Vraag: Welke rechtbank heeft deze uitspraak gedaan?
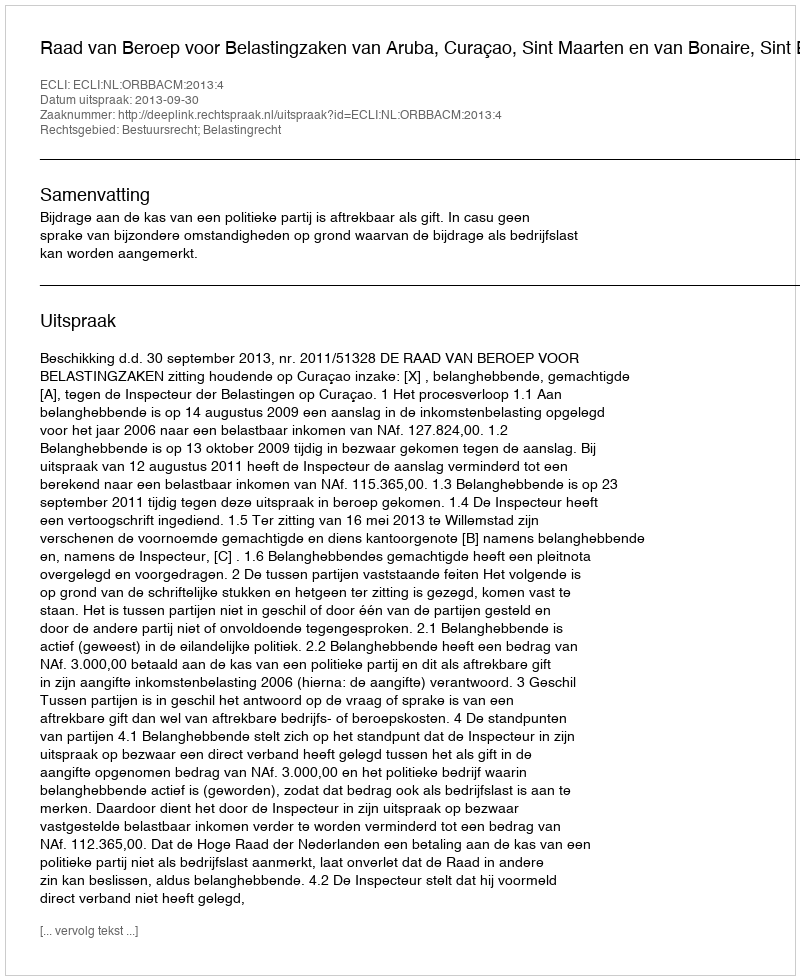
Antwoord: Raad van Beroep voor Belastingzaken van Aruba, Curaçao, Sint Maarten en van Bonaire, Sint Eustatius en Saba